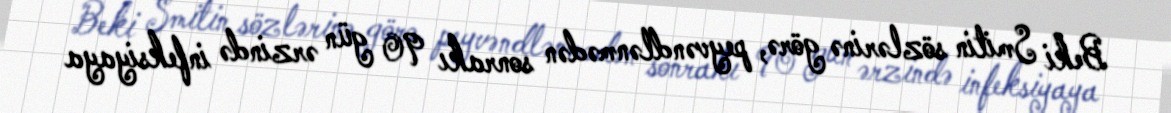
Beki Smitin sözlərinə görə, peyvəndlənmədən sonrakı 90 gün ərzində infeksiyaya